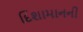
દિશામાનની